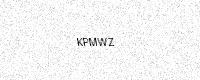
Text: KPMWZ